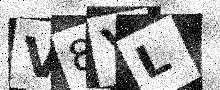
Text: V8YL